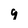
Character: 9